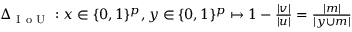
\begin{array} { r } { \Delta _ { \mathrm { ~ I ~ o ~ U ~ } } : x \in \{ 0 , 1 \} ^ { p } , y \in \{ 0 , 1 \} ^ { p } \mapsto 1 - \frac { | v | } { | u | } = \frac { | m | } { | y \cup m | } } \end{array}